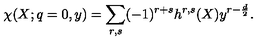
\chi ( X ; q = 0 , y ) = \sum _ { r , s } ( - 1 ) ^ { r + s } h ^ { r , s } ( X ) y ^ { r - \frac d 2 } .